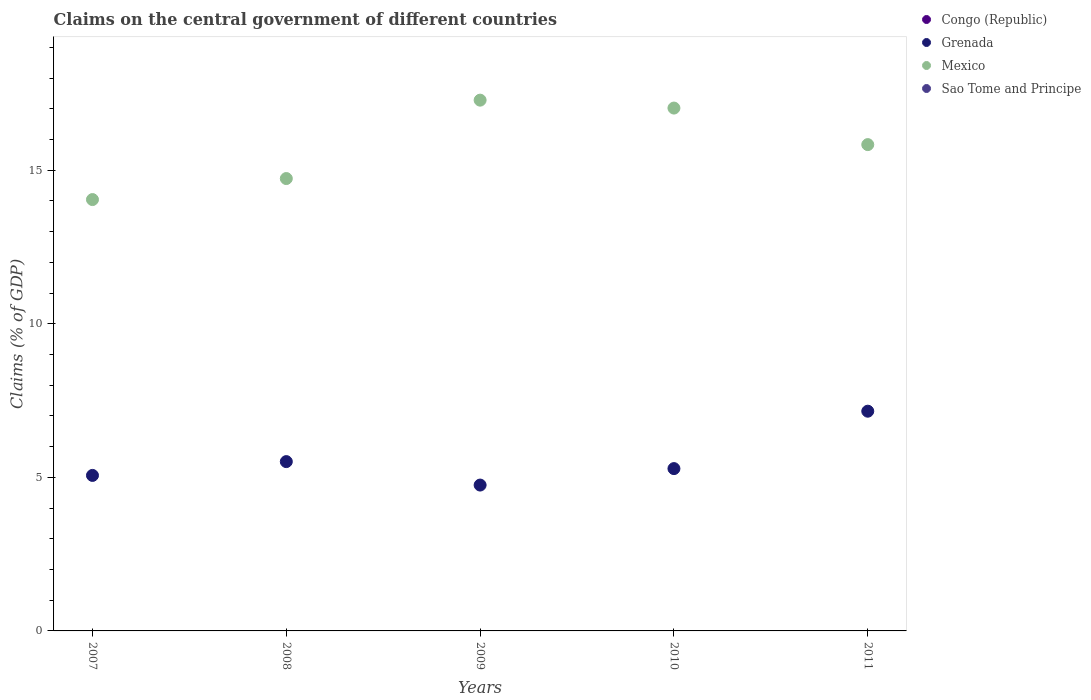
| Years | Congo (Republic) | Grenada | Mexico | Sao Tome and Principe |
 | --- | --- | --- | --- | --- |
 | 2007 | -9.62 | 5.06 | 14 | -9.02 |
 | 2008 | -19.1 | 5.51 | 14.7 | -16.2 |
 | 2009 | -19.7 | 4.75 | 17.3 | -8.98 |
 | 2010 | -21.3 | 5.28 | 17 | -1.67 |
 | 2011 | -24.1 | 7.15 | 15.8 | -0.522 |